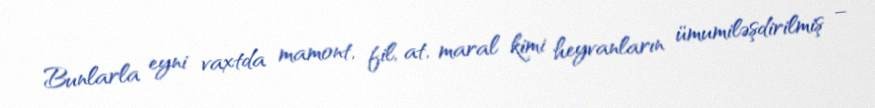
Bunlarla eyni vaxtda mamont, fil, at, maral kimi heyvanların ümumiləşdirilmiş –